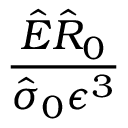
\frac { \hat { E } \hat { R } _ { 0 } } { \hat { \sigma } _ { 0 } \epsilon ^ { 3 } }